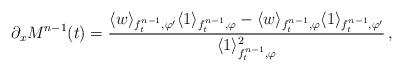
LaTeX: \begin{align*}\partial_x M^{n-1}(t) = \frac{\langle w \rangle_{f^{n-1}_t,\varphi'}\langle 1 \rangle_{f^{n-1}_t,\varphi} - \langle w \rangle_{f^{n-1}_t,\varphi}\langle 1 \rangle_{f^{n-1}_t,\varphi'}}{\langle 1 \rangle_{f^{n-1}_t,\varphi}^2}\,,\end{align*}